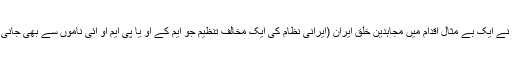
(واشنگٹن، ڈی سی، امریکہ) – ذرائع کے مطابق، امریکی محکمہ خارجہ نے ایک بے مثال اقدام میں مجاہدین خلق ایران (ایرانی نظام کی ایک مخالف تنظیم جو ایم کے او یا پی ایم او آئی ناموں سے بھی جانی جاتی ہے) کی تفصیلی رپورٹ کو اپنی رسمی ویب سائٹ سے ہٹا دیا ہے۔